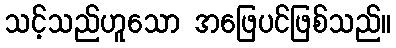
သင့်သည်ဟူသော အဖြေပင်ဖြစ်သည်။